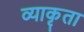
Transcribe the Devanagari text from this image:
व्याकृता